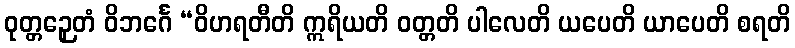
ဝုတ္တဉှေတံ ဝိဘင်္ဂေ “ဝိဟရတီတိ ဣရိယတိ ဝတ္တတိ ပါလေတိ ယပေတိ ယာပေတိ စရတိ